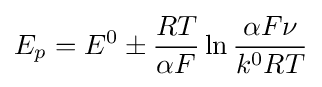
E_{p}=E^{0}\pm {\frac {RT}{\alpha F}}\ln {\frac {\alpha F\nu }{k^{0}RT}}